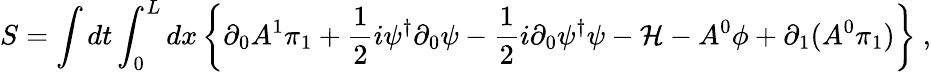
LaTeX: S=\int dt\int_{0}^{L}dx\left\{ \partial_{0}A^{1}\pi_{1}+\frac{1}{2}i\psi^{\dagger}\partial_{0}\psi-\frac{1}{2}i\partial_{0}\psi^{\dagger}\psi-{\cal H}-A^{0}\phi+\partial_{1}(A^{0}\pi_{1})\right\} \ ,